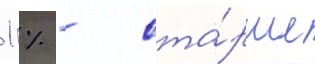
1 % - ста́рше